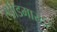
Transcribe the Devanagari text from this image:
स्पीडमास्टर